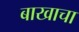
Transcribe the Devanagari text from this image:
बाखाचा